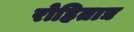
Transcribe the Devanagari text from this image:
रोहिताद्य